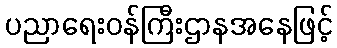
ပညာရေးဝန်ကြီးဌာနအနေဖြင့်